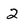
Character: 2